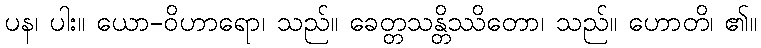
ပန၊ ပါး။ ယော-ဝိဟာရော၊ သည်။ ခေတ္တသန္တိဿိတော၊ သည်။ ဟောတိ၊ ၏။